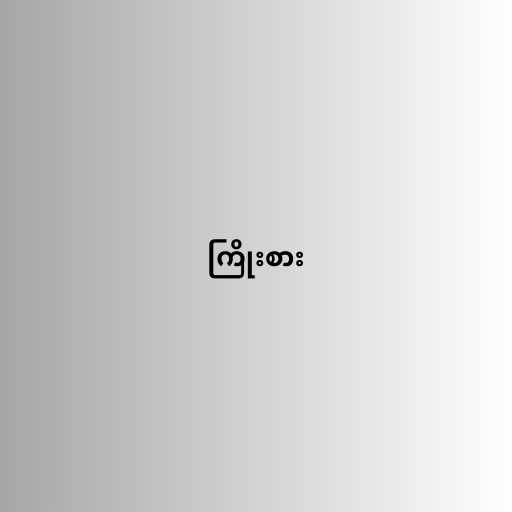
ကြိုးစား